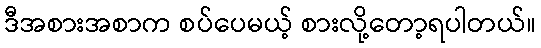
ဒီအစားအစာက စပ်ပေမယ့် စားလို့တော့ရပါတယ်။